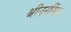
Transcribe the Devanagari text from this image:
श्रीनरसिंह